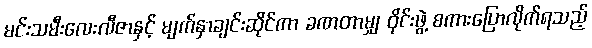
မင်းသမီးလေးလီဇာနှင့် မျက်နှာချင်းဆိုင်ကာ ခဏတာမျှ ဝိုင်းဖွဲ့ စကားပြောလိုက်ရသည့်